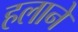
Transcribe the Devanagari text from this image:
हलाने